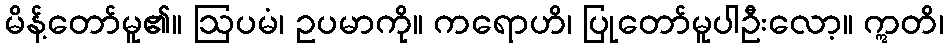
မိန့်တော်မူ၏။ ဩပမံ၊ ဥပမာကို။ ကရောဟိ၊ ပြုတော်မူပါဦးလော့။ ဣတိ၊